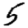
Digit: 5